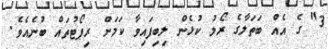
3" ގެ އެއް ބަތަލާގެ ރޯލު ކުޅެން ލިބިފައިވާ ކަމަށް ރިޕޯޓުތައް ބުނެއެވެ.